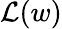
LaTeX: \mathcal{L}(w)